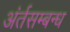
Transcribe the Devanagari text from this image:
अंर्तसम्बन्ध